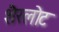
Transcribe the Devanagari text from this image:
शैरलोट